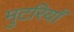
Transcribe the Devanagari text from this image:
मुटरियाँ